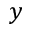
y